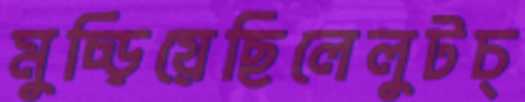
মুচ্‌ড়িয়েছিলেলুটচ্